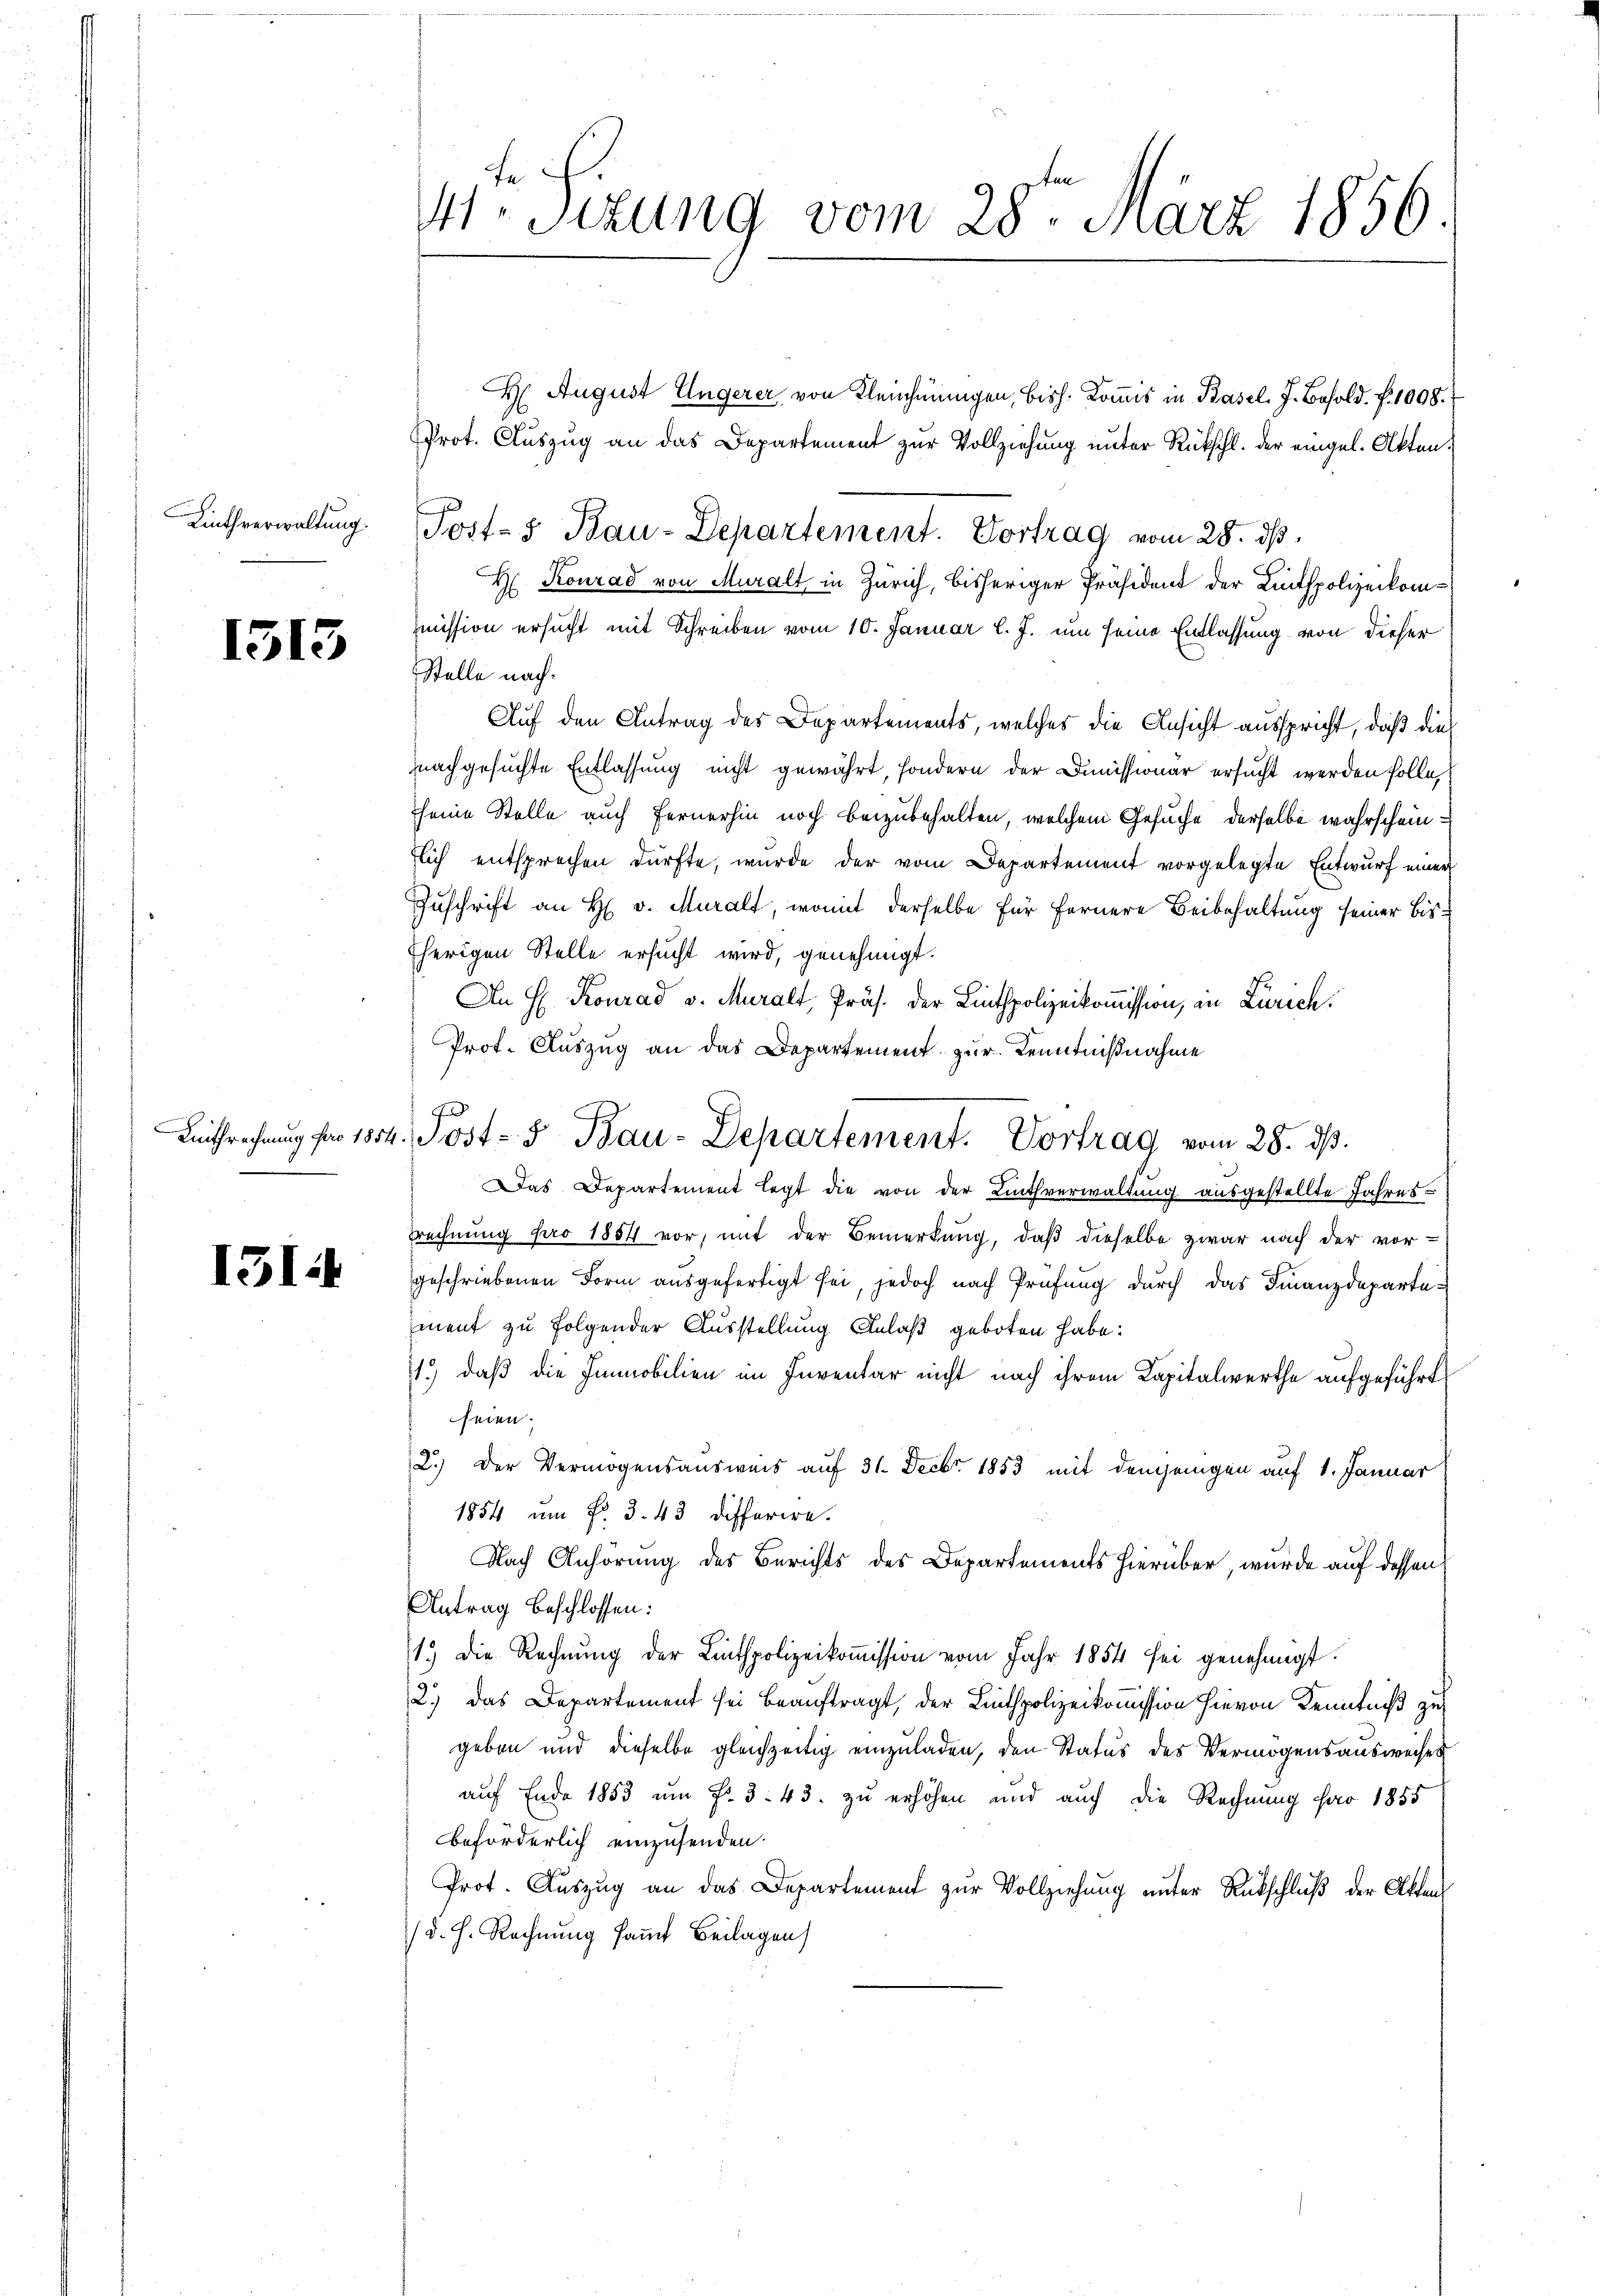
1313

131

H. August Ungerer, von Kleichnungen, bish. Kommis in Basel. J. Besold. f. 1008.
Prot. Aŭszŭg an das Departement zur Vollziehung unter Rückschl. der eingel. Akten.
Lintheerwaltŭng Post- & Bau-Departement. Vortrag vom 28. ds.
H. Konrad von Muralt, in Zürich, bisheriger Präsident der Litspolizeikommission ersucht mit Schreiben vom 10. Januar l. J. um seine Entlassung von dieser
Stelle nach.
Auf den Antrag des Departements, welches die Ansicht ausspricht, daß dies
nachgesuchte Entlassung nicht gewährt, sondern der Dimissionär ersucht werden solle,
seine Stelle auch Fernerhin noch beizubehalten, welchem Gesuche derselbe wahrscheinflich entsprochen dürfte, wurde der vom Departement vorgelegte Entwurf einer
Zuschrift an H. v. Muralt, womit derselbe für fernere Beibehaltung seiner bis¬
Eherigen Stelle ersucht wird, genehmigt.
An H. Konrad v. Muralt, Präs. der Linthpolizeikommission, in Zürich.
Prof. Auszug an das Departement zur Kenntnißnahme
Das Departement legt die von der Linthverwaltung ausgestellte Jahres¬
Trechnung pro 1854 vor, mit der Bemerkung, daβ dieselbe zwar nach der vor-
geschriebenen Form ausgefertigt sei, jedoch nach Prüfung durch das Finanzdeparte-
ment zu folgender Ausstellung Anlaß geboten habe:
1.) daß die Immobilien im Inventar nicht nach ihrem Kapitalwerthe aufgeführt
seien.
2.) Der Vermögensausweis auf 31. Decbr. 1853 mit demjenigen auf 1. Januar
1854 um Fr. 3. 43 differire.
Nach Anhörung des Berichts des Departements hierüber, wurde auf dessen
Antrag beschlossen:
1.) Die Rechnung der Linthpolizeikoṁission vom Jahr 1854 sei genehmigt.
2.) Das Departement sei beauftragt, der Linthpolizeikommission hievon Kenntniß zu
geben und dieselbe gleichzeitig einzuladen, den Status des Vermögensausweises
auf Ende 1853 um Fr. 3. 43. zu erhöhen und auch die Rechnung pro 1855
beförderlich einzusenden.
Prot. Auszug an das Departement zur Vollziehung unter Rückschluß der Akten
(d. h. Rechnung samt Beilagen

tr. Sizung vom 28ten März 1856.

7

Zeitsrechnŭng für 1814. Jost- & Bau-Departement. Vortrag vom 28. dβ.